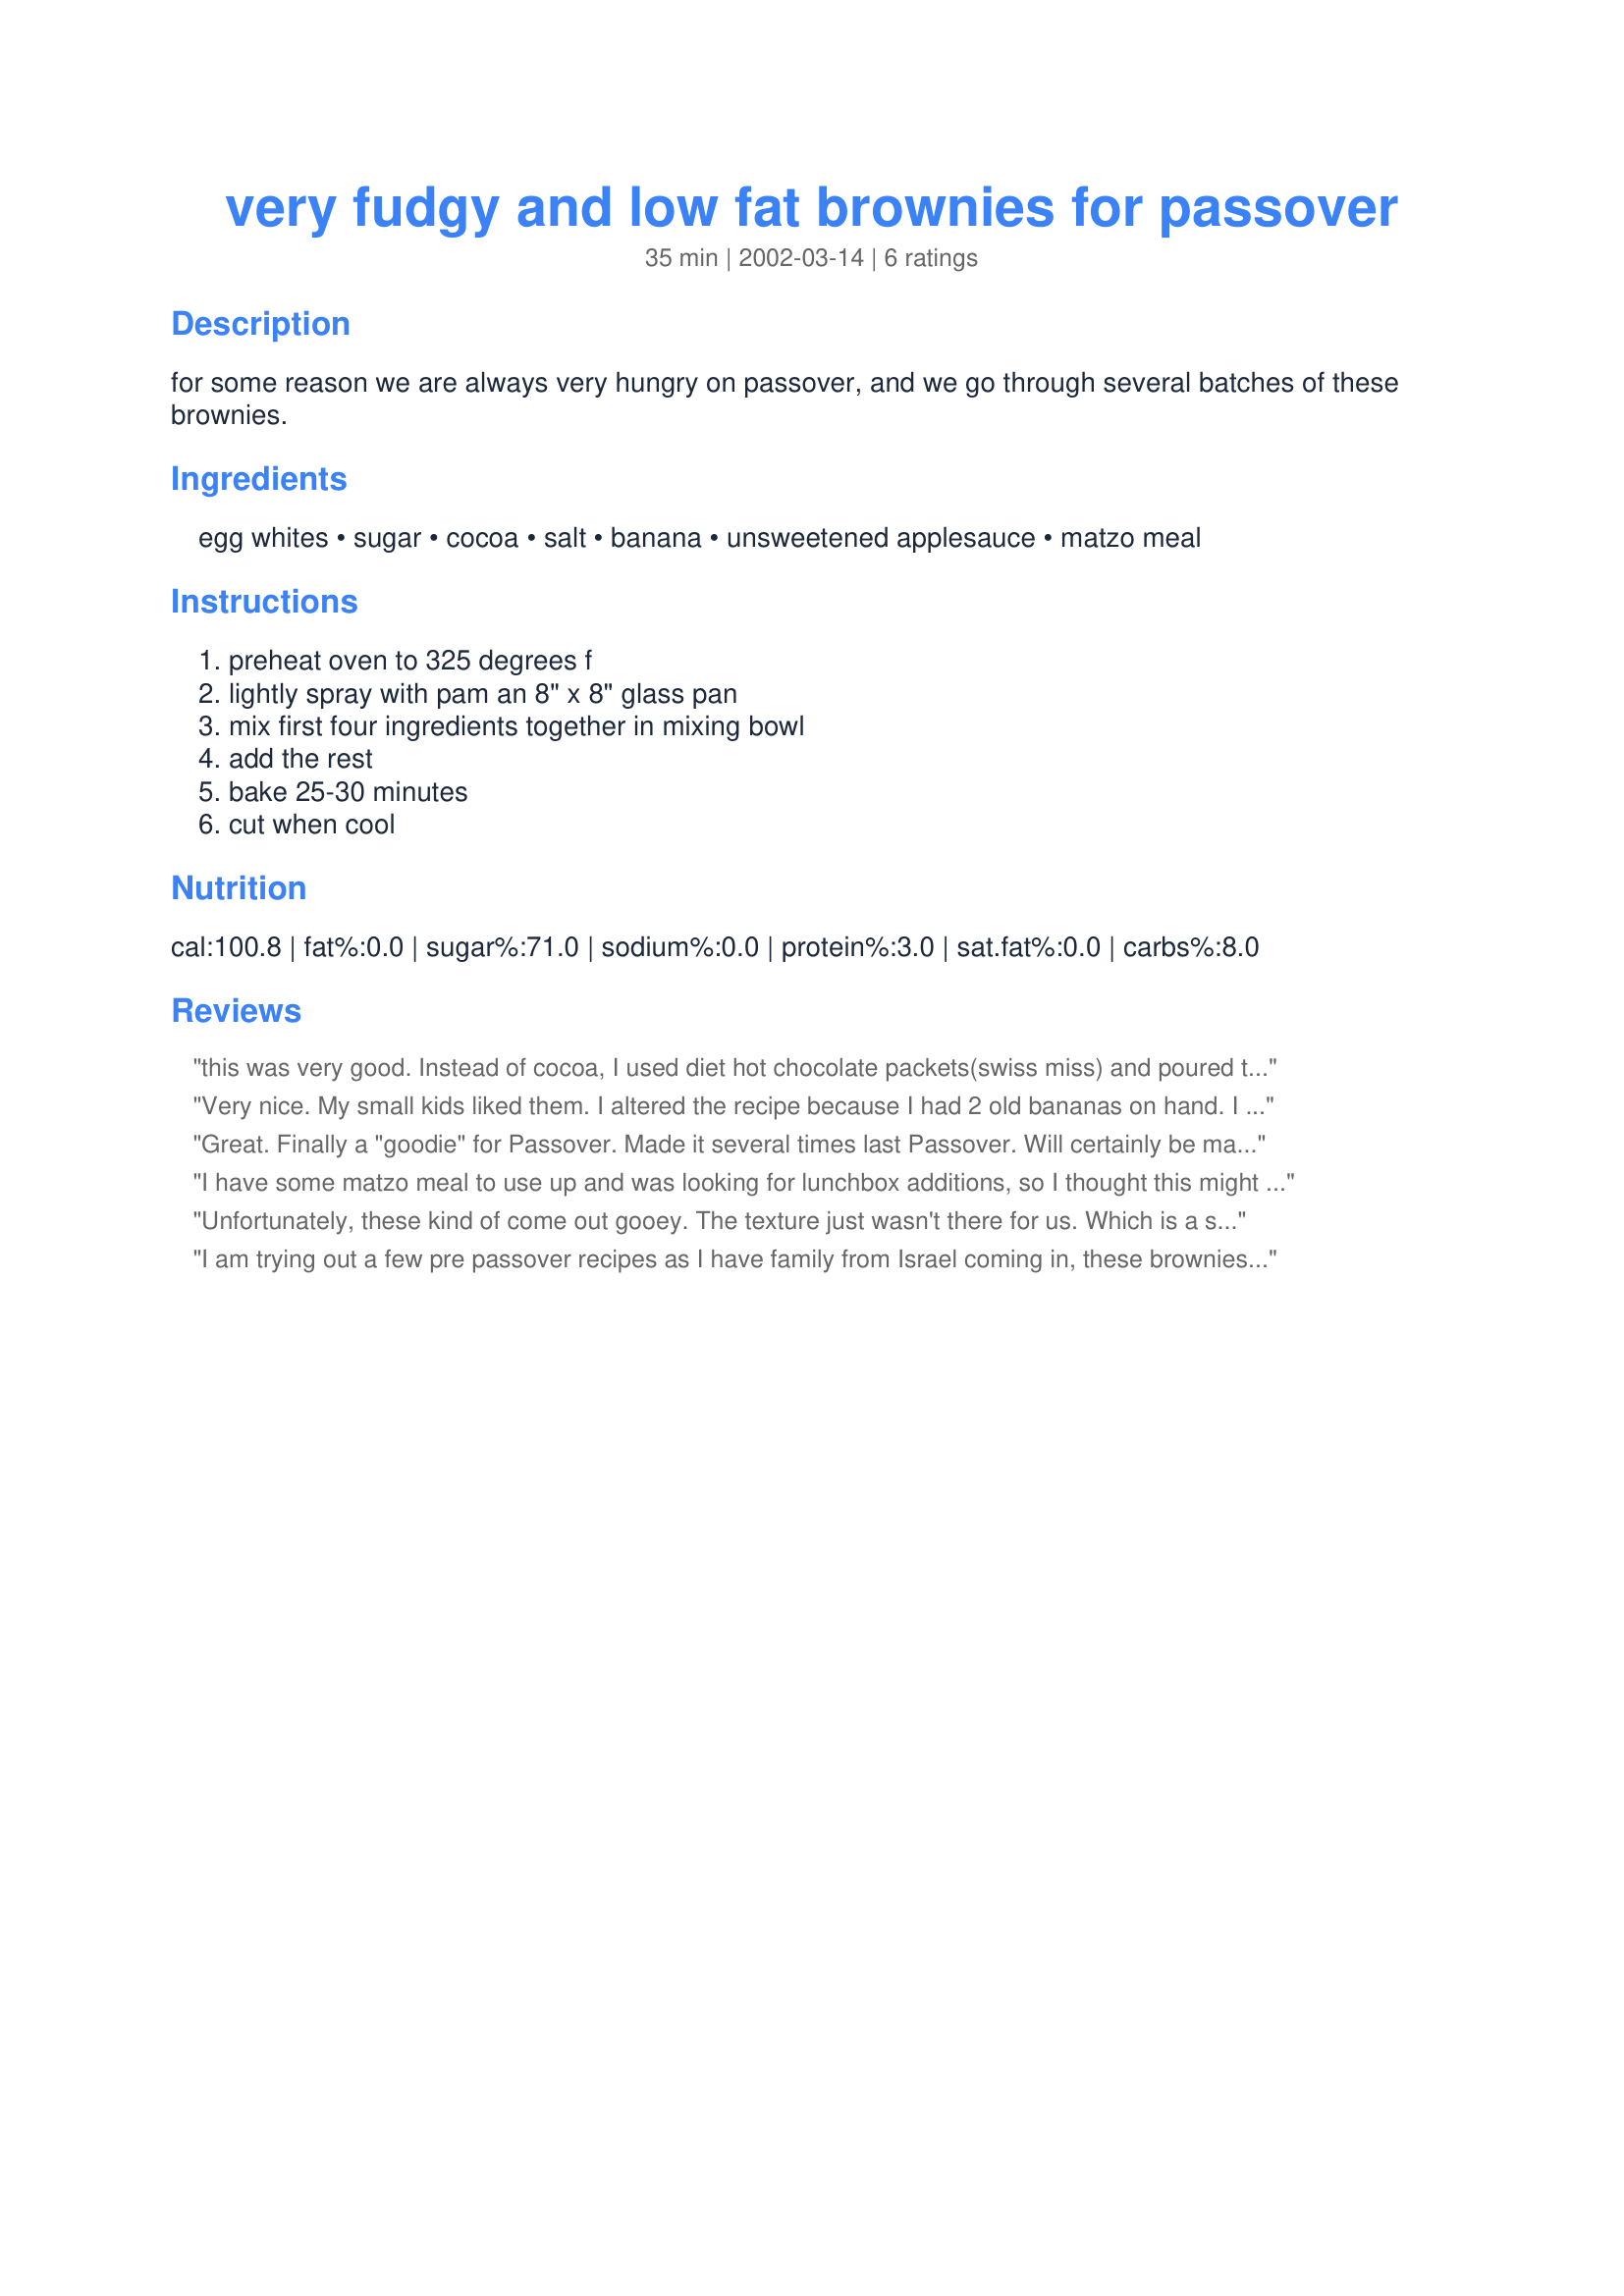
very fudgy and low fat brownies for passover
Preparation time: 35 minutes

for some reason we are always very hungry on passover, and we go through several batches of these brownies.

Ingredients:
egg whites, sugar, cocoa, salt, banana, unsweetened applesauce, matzo meal

Steps:
preheat oven to 325 degrees f, lightly spray with pam an 8" x 8" glass pan, mix first four ingredients together in mixing bowl, add the rest, bake 25-30 minutes, cut when cool

Reviews:
this was very good. Instead of cocoa, I used diet hot chocolate packets(swiss miss) and poured the packets into the rest of the mix. (No fat, 4 carbs,1 sugar and only 20 calories per packet. You can taste the chocolate so you cannot go wrong with using this.
Very nice. My small kids liked them. I altered the recipe because I had 2 old bananas on hand. I used only 1/2 cup sugar and two small bananas. They are very good.
Great. Finally a "goodie" for Passover. Made it several times last Passover. Will certainly be making this again.
I have some matzo meal to use up and was looking for lunchbox additions, so I thought this might fit the bill. These are super easy to make and I like the nutritionals on them. It was hard to determine when they were done, and they were sort of sticky and soft. You could definitely taste the fruit in them. So these are not a traditional brownie for me, but a nice yet sticky snack cake type food. Thanks!
Unfortunately, these kind of come out gooey. The texture just wasn't there for us. Which is a shame because the flavour is great! I didn't think that you could make brownies with so few ingredients! I ended up using breadcrumbs instead of matzo meal which may have contributed to the texture facter. They were still eaten right up, so it can't be that bad!! ;-)
I am trying out a few pre passover recipes as I have family from Israel coming in, these brownies were amazing!!! I followed the recipe exactly and they are really great!! I would suggest making them for a passover snack or dessert!! 
Bet'avon
